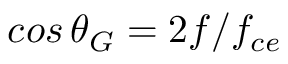
c o s \, \theta _ { G } = 2 f / f _ { c e }